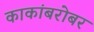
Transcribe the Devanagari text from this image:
काकांबरोबर